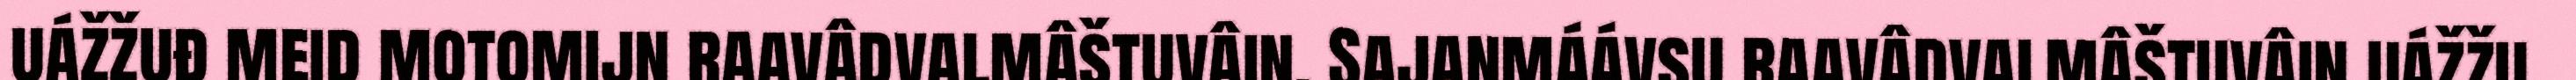
uážžuđ meid motomijn raavâdvalmâštuvâin. Sajanmáávsu raavâdvalmâštuvâin uážžu